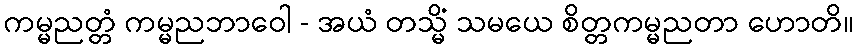
ကမ္မညတ္တံ ကမ္မညဘာဝေါ - အယံ တသ္မိံ သမယေ စိတ္တကမ္မညတာ ဟောတိ။